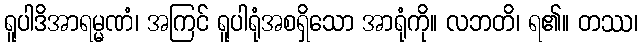
ရူပါဒိအာရမ္မဏံ၊ အကြင် ရူပါရုံအစရှိသော အာရုံကို။ လဘတိ၊ ရ၏။ တဿ၊